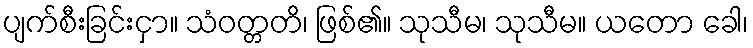
ပျက်စီးခြင်းငှာ။ သံဝတ္တတိ၊ ဖြစ်၏။ သုသီမ၊ သုသီမ။ ယတော ခေါ၊